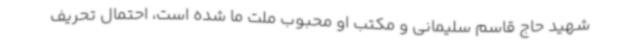
شهید حاج قاسم سلیمانی و مکتب او محبوب ملت ما شده است، احتمال تحریف